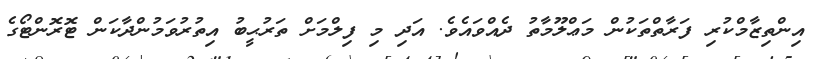
އިންތިޒާމްކުރި ފަރާތްތަކުން މަޢްލޫމާތު ދެއްވައެވެ. އަދި މި ފިލްމަށް ތަރުޙީބު އިތުރުވަމުންދާކަން ޓޮރޮންޓޯގެ